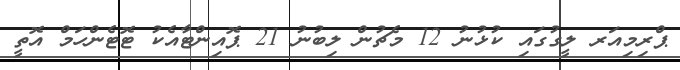
ޕްރިމިއަރ ލީގުގައި ކުޅުނު 12 މެޗުން ލިބުނު 21 ޕޮއިންޓާއެކު ޓޮޓެންހަމް އޮތީ